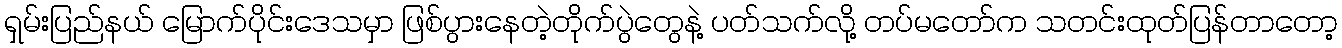
ရှမ်းပြည်နယ် မြောက်ပိုင်းဒေသမှာ ဖြစ်ပွားနေတဲ့တိုက်ပွဲတွေနဲ့ ပတ်သက်လို့ တပ်မတော်က သတင်းထုတ်ပြန်တာတော့